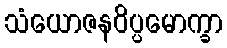
သံယောဇနဝိပ္ပမောက္ခာ